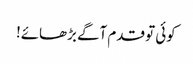
کوئی تو قدم آگے بڑھائے!